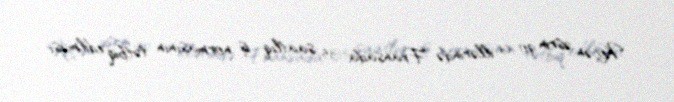
Keçən əsrin 90-cı illərində Fransada 35 saatlıq iş normasının tətbiq edilməsi